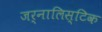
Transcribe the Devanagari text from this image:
जर्नालिस्टिक